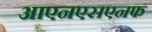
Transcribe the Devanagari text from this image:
आएनएसएनफ